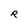
Character: R